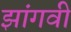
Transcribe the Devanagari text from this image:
झांगवी